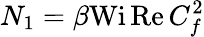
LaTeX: N_{1}=\beta\textrm{Wi}\, \textrm{Re}\, C_{f}^{2}